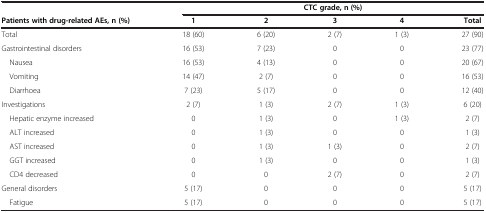
|  | <COLSPAN=5> CTC grade, n (%) |
 | Patients with drug-related AEs, n (%) | 1 | 2 | 3 | 4 | Total |
 | --- | --- | --- | --- | --- | --- |
 | Total | 18 (60) | 6 (20) | 2 (7) | 1 (3) | 27 (90) |
 | Gastrointestinal disorders | 16 (53) | 7 (23) | 0 | 0 | 23 (77) |
 | Nausea | 16 (53) | 4 (13) | 0 | 0 | 20 (67) |
 | Vomiting | 14 (47) | 2 (7) | 0 | 0 | 16 (53) |
 | Diarrhoea | 7 (23) | 5 (17) | 0 | 0 | 12 (40) |
 | Investigations | 2 (7) | 1 (3) | 2 (7) | 1 (3) | 6 (20) |
 | Hepatic enzyme increased | 0 | 1 (3) | 0 | 1 (3) | 2 (7) |
 | ALT increased | 0 | 1 (3) | 0 | 0 | 1 (3) |
 | AST increased | 0 | 1 (3) | 1 (3) | 0 | 2 (7) |
 | GGT increased | 0 | 1 (3) | 0 | 0 | 1 (3) |
 | CD4 decreased | 0 | 0 | 2 (7) | 0 | 2 (7) |
 | General disorders | 5 (17) | 0 | 0 | 0 | 5 (17) |
 | Fatigue | 5 (17) | 0 | 0 | 0 | 5 (17) |